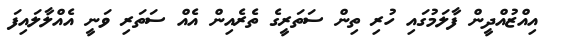
އިއްޒުއްދީން ފާލަމުގައި ހުރި ތިން ސަތަރީގެ ތެރެއިން އެއް ސަތަރި ވަނީ އެއްލާލައިފަ